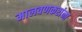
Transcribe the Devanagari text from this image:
मालवणकरांना